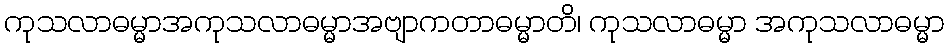
ကုသလာဓမ္မာအကုသလာဓမ္မာအဗျာကတာဓမ္မာတိ၊ ကုသလာဓမ္မာ အကုသလာဓမ္မာ